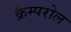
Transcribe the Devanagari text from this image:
क्रैम्परोल